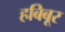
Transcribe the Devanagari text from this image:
हबिबूर